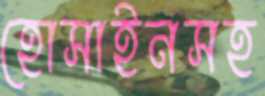
হোসাইনসহ